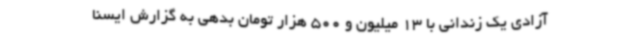
آزادی یک زندانی با 13 میلیون و 500 هزار تومان بدهی به گزارش ایسنا